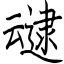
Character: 叇